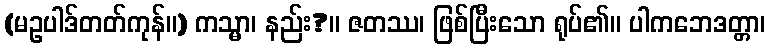
(မဥပါဒ်တတ်ကုန်။) ကသ္မာ၊ နည်း?။ ဇတဿ၊ ဖြစ်ပြီးသော ရုပ်၏။ ပါကဘေဒတ္တာ၊